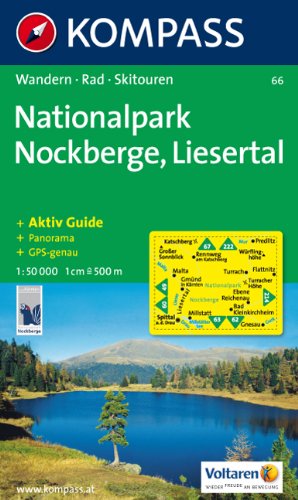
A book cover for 66: Maltatal - Liesertal 1:50, 000; Travel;